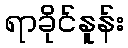
ရာခိုင်နူန်း